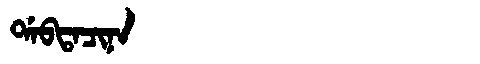
Manchu: ᡩᠠᠪᡨᠠᠴᡳᠨᠠ
Romanization: DABTACINA